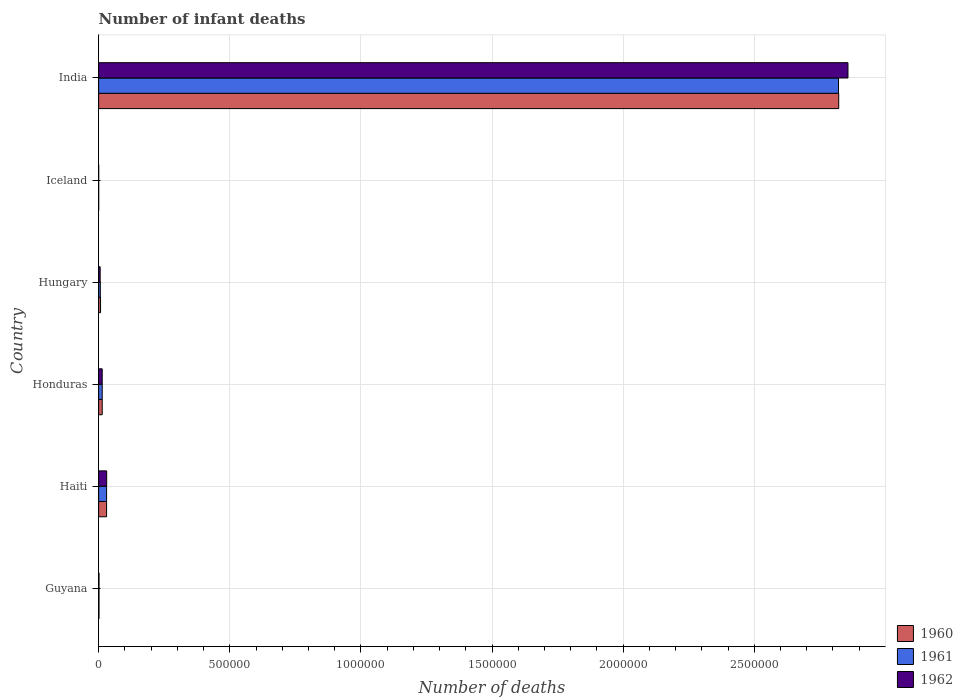
| Country | 1960 | 1961 | 1962 |
 | --- | --- | --- | --- |
 | Guyana | 1.36e+03 | 1.39e+03 | 1.43e+03 |
 | Haiti | 3.03e+04 | 3.03e+04 | 3.07e+04 |
 | Honduras | 1.37e+04 | 1.36e+04 | 1.36e+04 |
 | Hungary | 7.31e+03 | 6.4e+03 | 5.8e+03 |
 | Iceland | 87 | 85 | 83 |
 | India | 2.82e+06 | 2.82e+06 | 2.86e+06 |